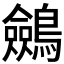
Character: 𪇇